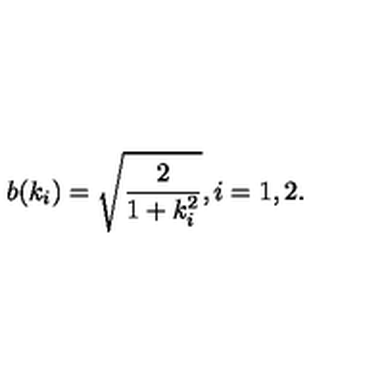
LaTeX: b ( k _ { i } ) = \sqrt { \frac { 2 } { 1 + k _ { i } ^ { 2 } } } , i = 1 , 2 .